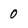
Character: 0